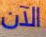
الآن